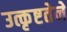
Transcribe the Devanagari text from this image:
उत्कृष्टतेने